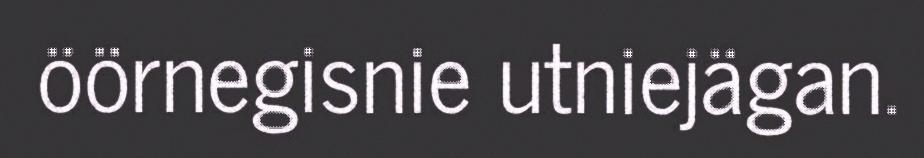
öörnegisnie utniejägan.